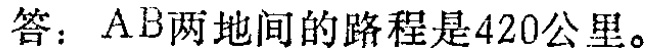
答：AB两地间的路程是420公里。